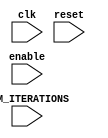
module skip_loop (
    input wire clk,
    input wire reset,
    input wire enable,
    input wire [3:0] NUM_ITERATIONS // Number of iterations for the loop
);

reg [3:0] count; // Counter for tracking the current iteration

always @(posedge clk or posedge reset) begin
    if (reset) begin
        count <= 0;
    end else if (enable) begin
        if (count < NUM_ITERATIONS) begin
            if (count != 2) begin // Skip iteration 2
                // Include your statements here for the loop
            end
            count <= count + 1;
        end
    end
end

endmodule